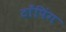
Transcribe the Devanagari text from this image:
टाँपिंग